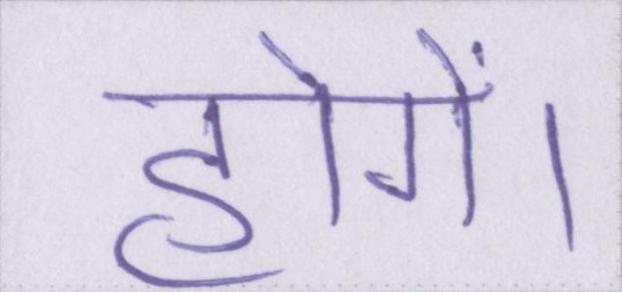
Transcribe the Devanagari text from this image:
होगें।